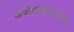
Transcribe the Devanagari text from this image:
कवीद्रंचंद्रोदय